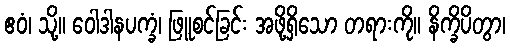
ဧဝံ၊ သို့။ ဝေါဒါနပက္ခံ၊ ဖြူစင်ခြင်း အဖို့ရှိသော တရားကို။ နိက္ခိပိတွာ၊